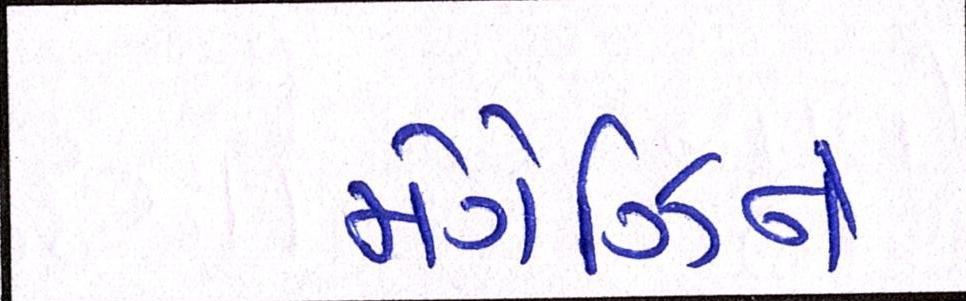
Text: મેગેઝિને